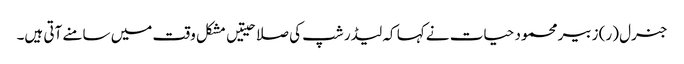
جنرل (ر) زبیر محمود حیات نے کہا کہ لیڈر شپ کی صلاحیتیں مشکل وقت میں سامنے آتی ہیں۔